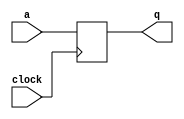
module dff(a,clock,q);
	input a,clock;
	output q;
	reg q;
	always@(posedge clock)
    begin 
    	q<=a;
    end
endmodule

module df(a,clock,q);
	input [31:0]a;
	input clock;
	output [31:0]q;
	reg [31:0]q;
	always@(posedge clock)
	begin
		q<=a;
	end
endmodule